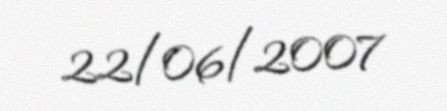
22/06/2007